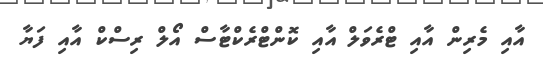
އާއި މެރިން އާއި ޓްރެވަލް އާއި ކޮންޓްރެކްޓާސް އޯލް ރިސްކް އާއި ފަޔާ